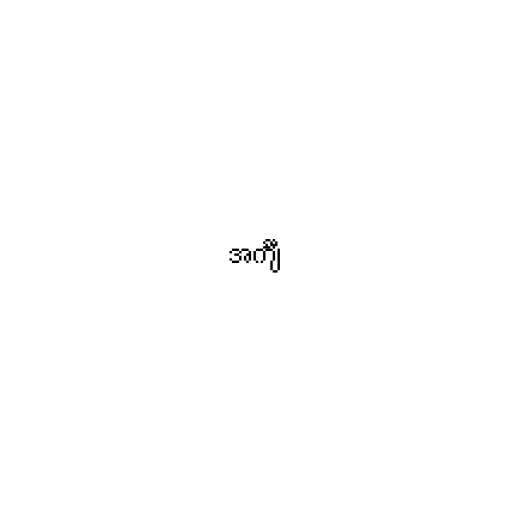
အင်္ကျီ